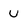
Character: U